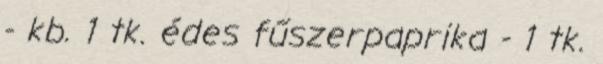
- kb. 1 tk. édes fűszerpaprika - 1 tk.